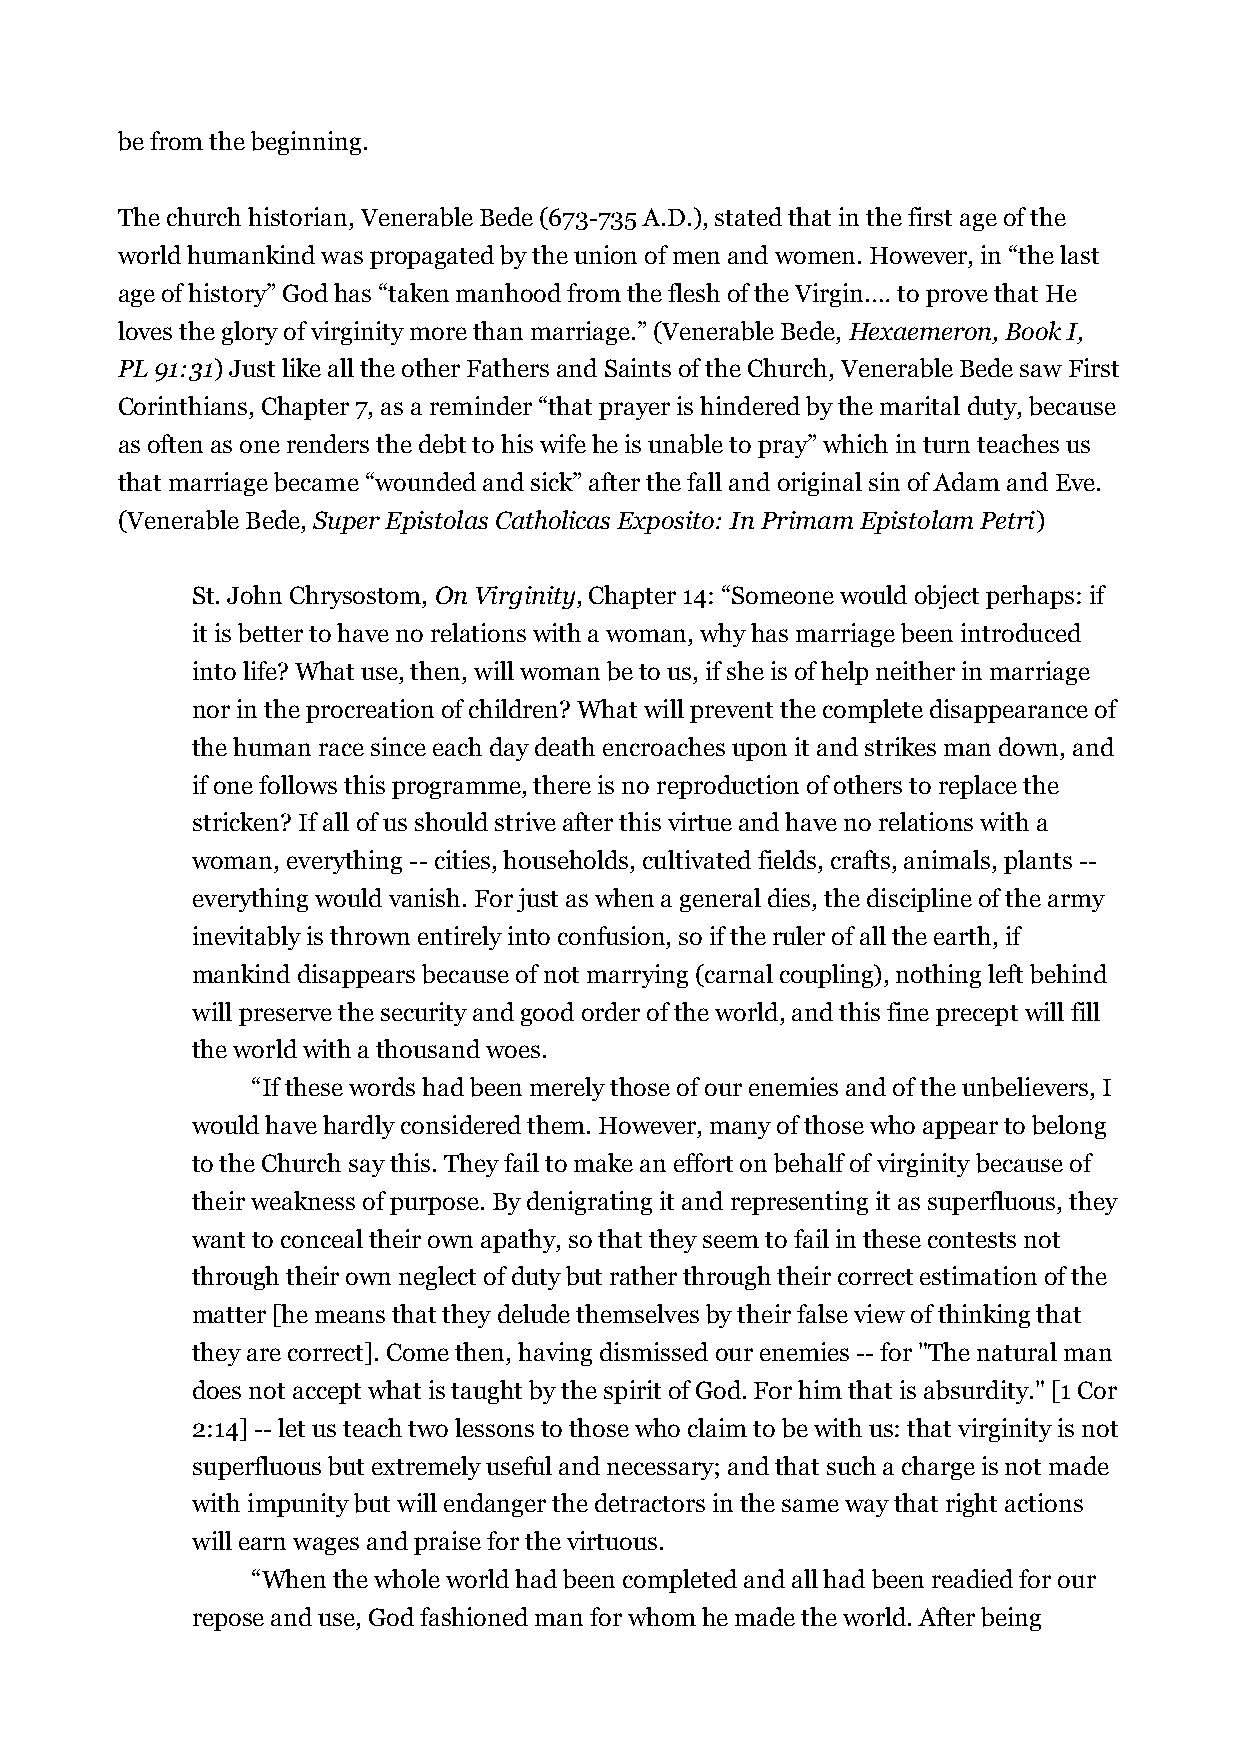
be from the beginning.
 The church historian, Venerable Bede (673-735 A.D.), stated that in the first age of the
 world humankind was propagated by the union of men and women. However, in “the last
 age of history” God has “taken manhood from the flesh of the Virgin.… to prove that He
 loves the glory of virginity more than marriage.” (Venerable Bede, Hexaemeron, Book I,
 PL 91:31) Just like all the other Fathers and Saints of the Church, Venerable Bede saw First
 Corinthians, Chapter 7, as a reminder “that prayer is hindered by the marital duty, because
 as often as one renders the debt to his wife he is unable to pray” which in turn teaches us
 that marriage became “wounded and sick” after the fall and original sin of Adam and Eve.
 (Venerable Bede, Super Epistolas Catholicas Exposito: In Primam Epistolam Petri)
 St. John Chrysostom, On Virginity, Chapter 14: “Someone would object perhaps: if
 it is better to have no relations with a woman, why has marriage been introduced
 into life? What use, then, will woman be to us, if she is of help neither in marriage
 nor in the procreation of children? What will prevent the complete disappearance of
 the human race since each day death encroaches upon it and strikes man down, and
 if one follows this programme, there is no reproduction of others to replace the
 stricken? If all of us should strive after this virtue and have no relations with a
 woman, everything -- cities, households, cultivated fields, crafts, animals, plants --
 everything would vanish. For just as when a general dies, the discipline of the army
 inevitably is thrown entirely into confusion, so if the ruler of all the earth, if
 mankind disappears because of not marrying (carnal coupling), nothing left behind
 will preserve the security and good order of the world, and this fine precept will fill
 the world with a thousand woes.
 “If these words had been merely those of our enemies and of the unbelievers, I
 would have hardly considered them. However, many of those who appear to belong
 to the Church say this. They fail to make an effort on behalf of virginity because of
 their weakness of purpose. By denigrating it and representing it as superfluous, they
 want to conceal their own apathy, so that they seem to fail in these contests not
 through their own neglect of duty but rather through their correct estimation of the
 matter [he means that they delude themselves by their false view of thinking that
 they are correct]. Come then, having dismissed our enemies -- for "The natural man
 does not accept what is taught by the spirit of God. For him that is absurdity." [1 Cor
 2:14] -- let us teach two lessons to those who claim to be with us: that virginity is not
 superfluous but extremely useful and necessary; and that such a charge is not made
 with impunity but will endanger the detractors in the same way that right actions
 will earn wages and praise for the virtuous.
 “When the whole world had been completed and all had been readied for our
 repose and use, God fashioned man for whom he made the world. After being